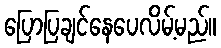
ပြောပြချင်နေပေလိမ့်မည်။